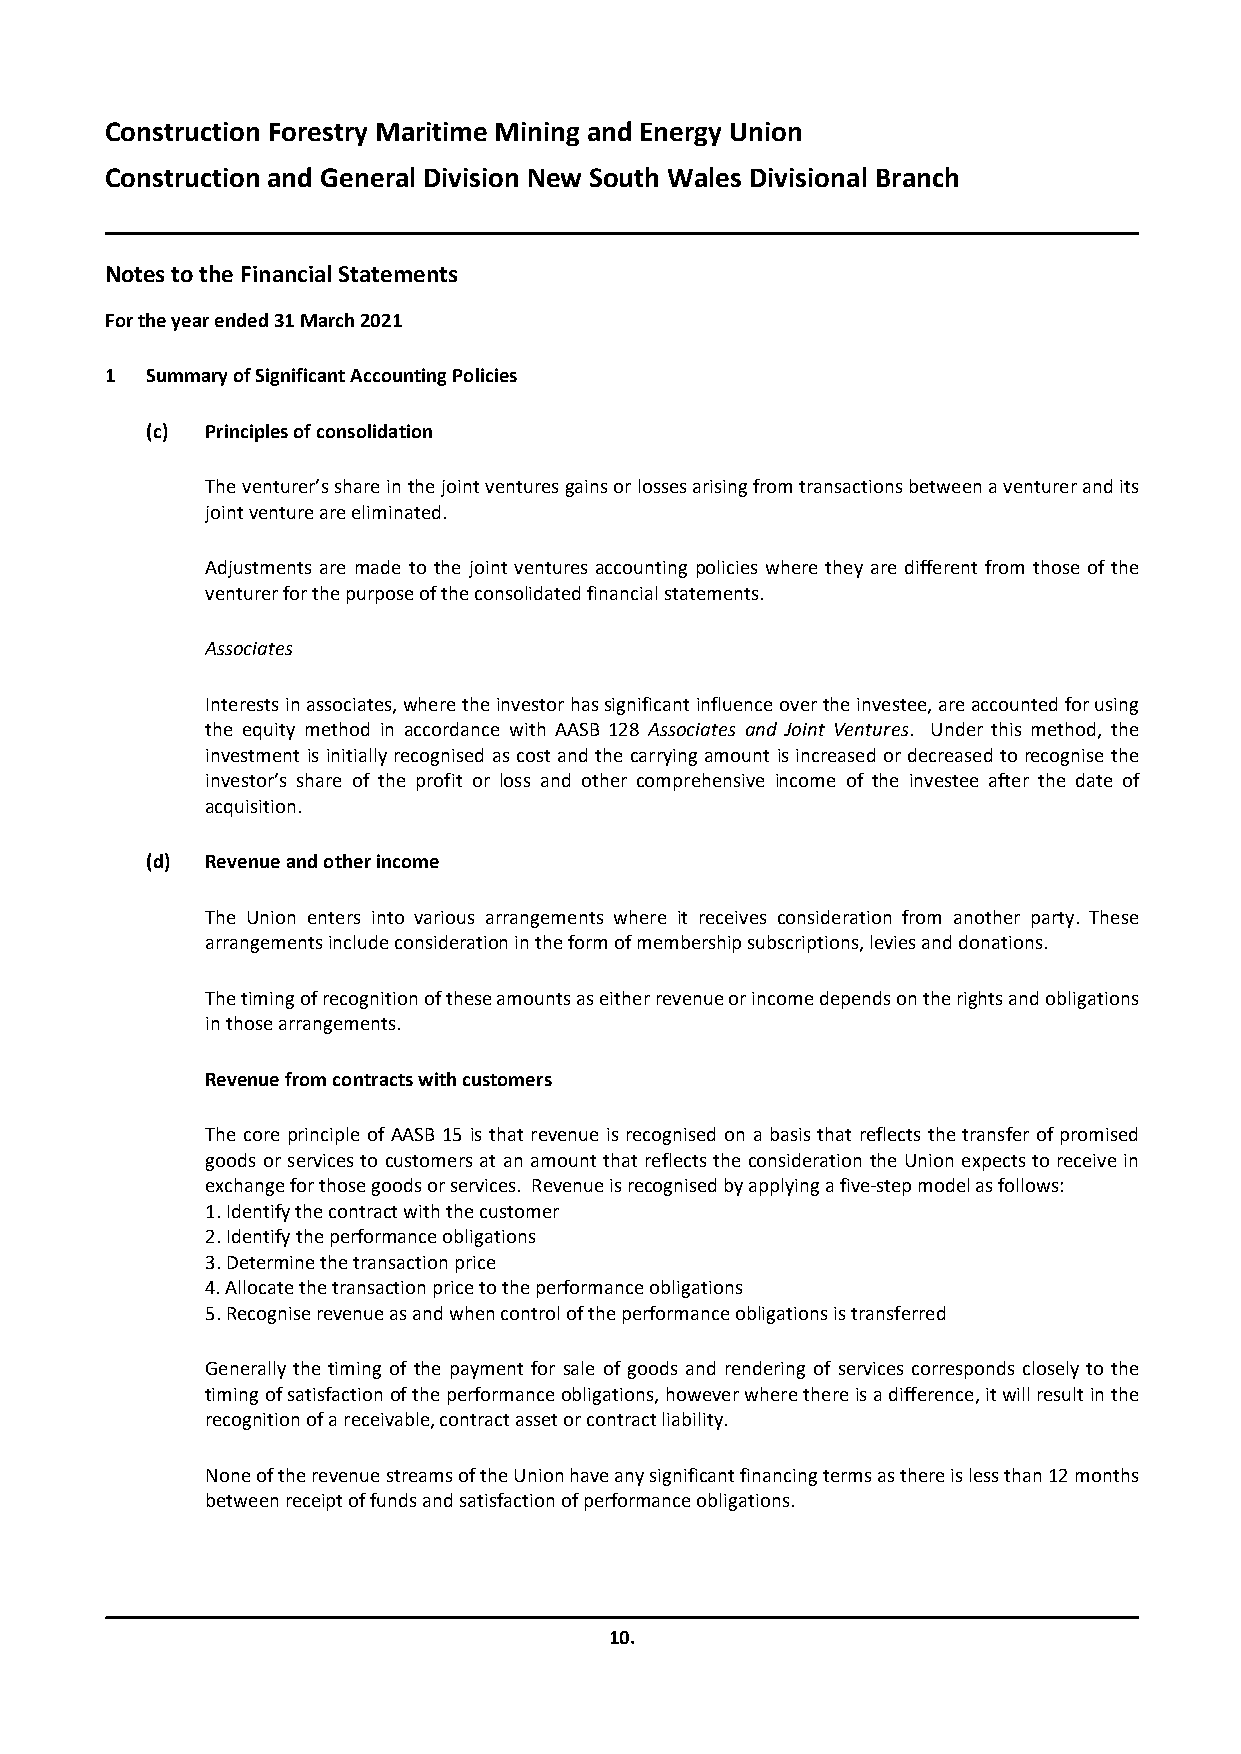
Construction Forestry Maritime Mining and Energy Union
 Construction and General Division New South Wales Divisional Branch
 Notes to the Financial Statements
 For the year ended31 March 2021
 1  Summary of Significant Accounting Policies
 (c) Principles of consolidation
 The venturer’s share in the joint ventures gains or losses arising from transactions between a venturer and its
 joint venture are eliminated.
 Adjustments are made to the joint ventures accounting policies where they are different from those of the
 venturer for the purpose of the consolidated financial statements.
 Associates
 Interests in associates, where the investor has significant influence over the investee, are accounted for using
 the equity method in accordance with AASB 128 Associates and Joint Ventures. Under this method, the
 investment is initially recognised as cost and the carrying amount is increased or decreased to recognise the
 investor’s share of the profit or loss and other comprehensive income of the investee after the date of
 acquisition.
 (d) Revenue and other income
 The Union enters into various arrangements where it receives consideration from another party. These
 arrangements include consideration in the form of membership subscriptions, levies and donations.
 The timing of recognition of these amounts as either revenue or income depends on the rights and obligations
 in those arrangements.
 Revenue from contracts with customers
 The core principle of AASB 15 is that revenue is recognised on a basis that reflects the transfer of promised
 goods or services to customers at an amount that reflects the consideration the Union expects to receive in
 exchange for those goods or services. Revenue is recognised by applying a five-step model as follows:
 1. Identify the contract with the customer
 2. Identify the performance obligations
 3. Determine the transaction price
 4. Allocate the transaction price to the performance obligations
 5. Recognise revenue as and when control of the performance obligations is transferred
 Generally the timing of the payment for sale of goods and rendering of services corresponds closely to the
 timing of satisfaction of the performance obligations, however where there is a difference, it will result in the
 recognition of a receivable, contract asset or contract liability.
 None of the revenue streams of the Union have any significant financing terms as there is less than 12 months
 between receipt of funds and satisfaction of performance obligations.
 10.